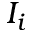
I _ { i }